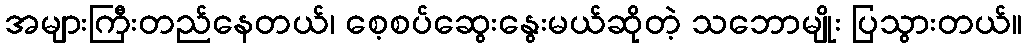
အများကြီးတည်နေတယ်၊ စေ့စပ်ဆွေးနွေးမယ်ဆိုတဲ့ သဘောမျိုး ပြသွားတယ်။